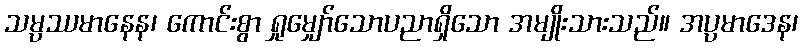
သမ္ပဿမာနေန၊ ကောင်းစွာ ရှုမျှော်သောပညာရှိသော အမျိုးသားသည်။ အပ္ပမာဒေန၊